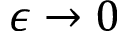
\epsilon \to 0